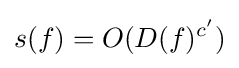
s(f)=O(D(f)^{c'})